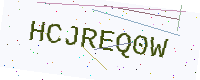
Text: HCJREQ0W